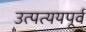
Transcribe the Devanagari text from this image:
उत्पत्ययपूर्व